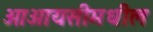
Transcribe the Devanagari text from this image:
ओआयसीमधील